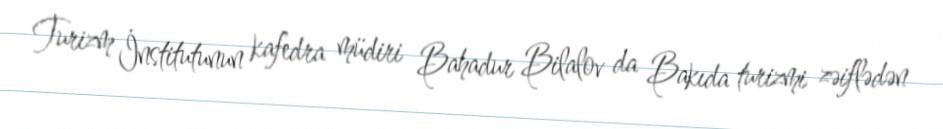
Turizm İnstitutunun kafedra müdiri Bahadur Bilalov da Bakıda turizmi zəiflədən